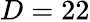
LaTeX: D=22